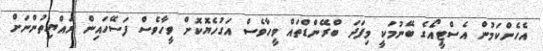
އެހެންކަމުން އެސްޓީއޯގެ ބޭނުމަކީ މިފަދަ ބްރޭންޑްތައް ވީހާވެސް އަގުހެޔޮކޮށް ވީހާވެސް ފަސޭހައިން ރައްޔިތުންނަށް